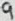
Text: 9